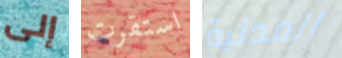
إلى استقرت المدنية